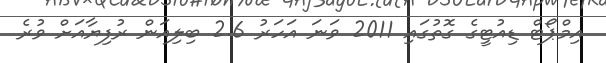
އިމްޕޯޓް ޑިއުޓީގެ ގޮތުގައި 2011 ވަނަ އަހަރު 2.6 ބިލިއަން ރުފިޔާއަށް ވުރެ